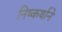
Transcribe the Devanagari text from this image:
निष्कर्षाने